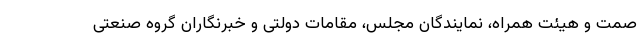
صمت و هیئت همراه، نمایندگان مجلس، مقامات دولتی و خبرنگاران گروه صنعتی